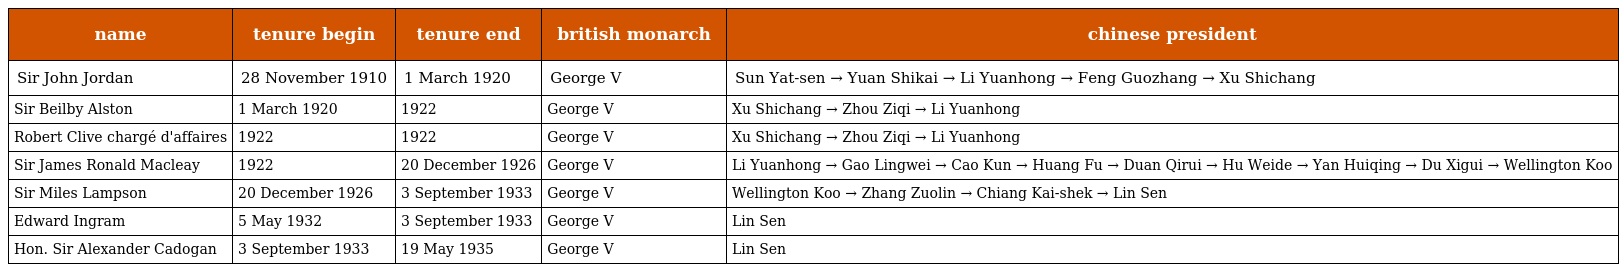
| name | tenure begin | tenure end | british monarch | chinese president |
 | --- | --- | --- | --- | --- |
 | Sir John Jordan | 28 November 1910 | 1 March 1920 | George V | Sun Yat-sen → Yuan Shikai → Li Yuanhong → Feng Guozhang → Xu Shichang |
 | Sir Beilby Alston | 1 March 1920 | 1922 | George V | Xu Shichang → Zhou Ziqi → Li Yuanhong |
 | Robert Clive chargé d'affaires | 1922 | 1922 | George V | Xu Shichang → Zhou Ziqi → Li Yuanhong |
 | Sir James Ronald Macleay | 1922 | 20 December 1926 | George V | Li Yuanhong → Gao Lingwei → Cao Kun → Huang Fu → Duan Qirui → Hu Weide → Yan Huiqing → Du Xigui → Wellington Koo |
 | Sir Miles Lampson | 20 December 1926 | 3 September 1933 | George V | Wellington Koo → Zhang Zuolin → Chiang Kai-shek → Lin Sen |
 | Edward Ingram | 5 May 1932 | 3 September 1933 | George V | Lin Sen |
 | Hon. Sir Alexander Cadogan | 3 September 1933 | 19 May 1935 | George V | Lin Sen |